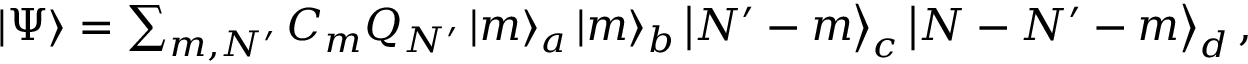
\begin{array} { r } { \left| \Psi \right> = \sum _ { m , N ^ { \prime } } C _ { m } Q _ { N ^ { \prime } } \left| m \right> _ { a } \left| m \right> _ { b } \left| N ^ { \prime } - m \right> _ { c } \left| N - N ^ { \prime } - m \right> _ { d } , } \end{array}